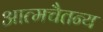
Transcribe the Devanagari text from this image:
आत्मचैतन्य